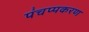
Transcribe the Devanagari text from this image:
पंचप्पकरण